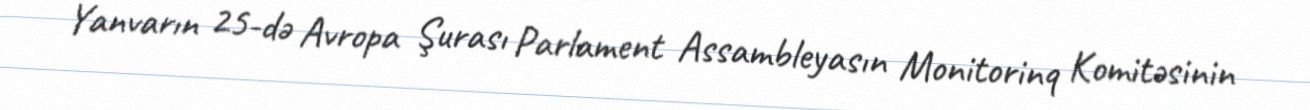
Yanvarın 25-də Avropa Şurası Parlament Assambleyasın Monitorinq Komitəsinin